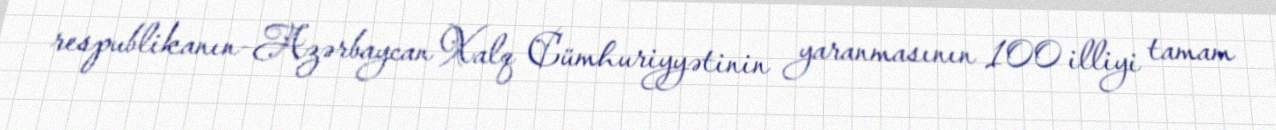
respublikanın-Azərbaycan Xalq Cümhuriyyətinin yaranmasının 100 illiyi tamam